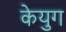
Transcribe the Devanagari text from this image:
केयुग